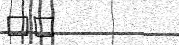
٣١